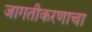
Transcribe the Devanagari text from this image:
जागतीकरणाचा